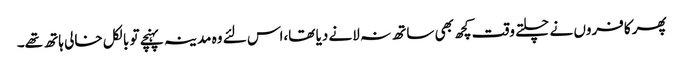
پھر کافروں نے چلتے وقت کچھ بھی ساتھ نہ لانے دیا تھا،اس لئے وہ مدینہ پہنچے تو بالکل خالی ہاتھ تھے۔